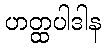
ဟတ္ထပါဒါန